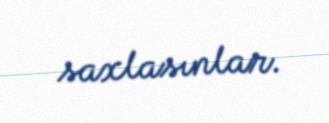
saxlasınlar.